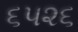
૬૫૨૬